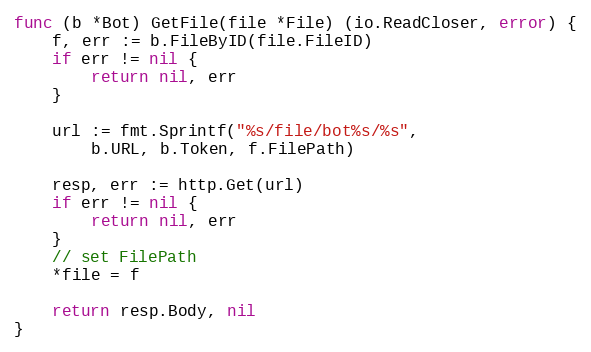
Language: Go
func (b *Bot) GetFile(file *File) (io.ReadCloser, error) {
	f, err := b.FileByID(file.FileID)
	if err != nil {
		return nil, err
	}

	url := fmt.Sprintf("%s/file/bot%s/%s",
		b.URL, b.Token, f.FilePath)

	resp, err := http.Get(url)
	if err != nil {
		return nil, err
	}
	// set FilePath
	*file = f

	return resp.Body, nil
}